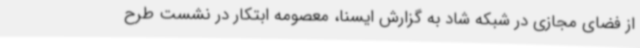
از فضای مجازی در شبکه شاد به گزارش ایسنا، معصومه ابتکار در نشست طرح